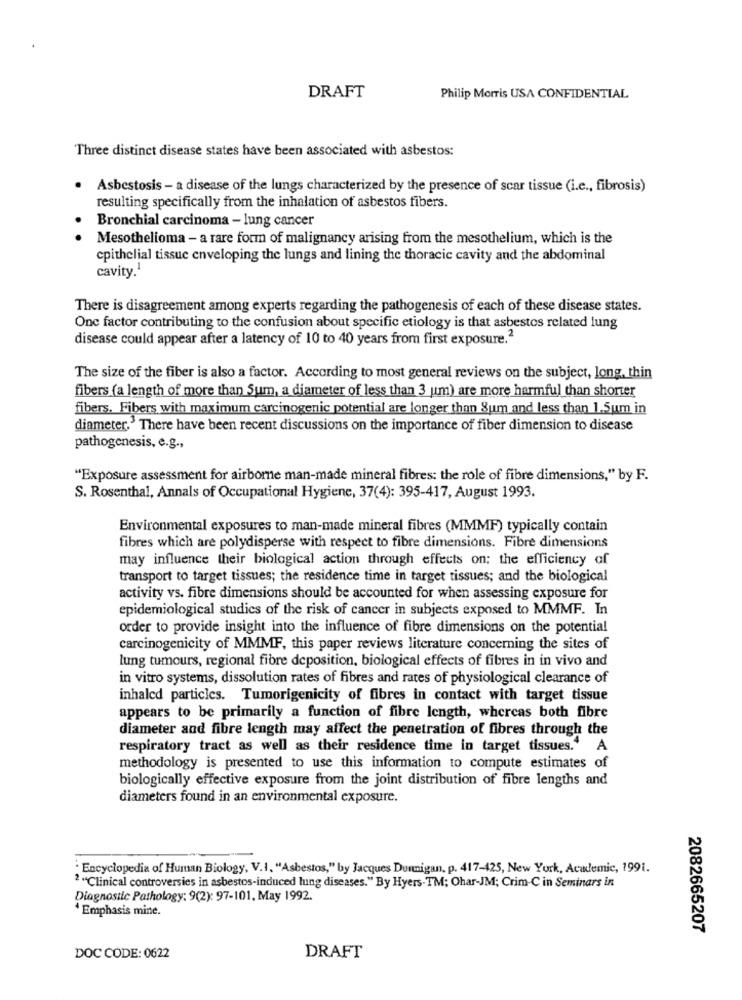
DRAFT
Philip Morris USA CONFIDENTIAL
Three distinct disease states have been associated with asbestos:
Asbestosis - a disease of the lungs characterized by the presence of scar tissue (i.e ., fibrosis)
resulting specifically from the inhalation of asbestos fibers.
Bronchial carcinoma - lung cancer
Mesothelioma - a rare form of malignancy arising from the mesothelium, which is the
epithelial tissue enveloping the lungs and lining the thoracic cavity and the abdominal
cavity."
There is disagreement among experts regarding the pathogenesis of each of these disease states.
One factor contributing to the confusion about specific etiology is that asbestos related lung
disease could appear after a latency of 10 to 40 years from first exposure.2
The size of the fiber is also a factor. According to most general reviews on the subject, long, thin
fibers (a length of more than Sum, a diameter of less than 3 um) are more harmful than shorter
fibers. Fibers with maximum carcinogenic potential are longer than Sum and less than 1.5um in
diameter,' There have been recent discussions on the importance of fiber dimension to disease
pathogenesis, e.g .,
"Exposure assessment for airborne man-made mineral fibres: the role of fibre dimensions," by F.
S. Rosenthal, Annals of Occupational Hygiene, 37(4): 395-417, August 1993.
Environmental exposures to man-made mineral fibres (MMMF) typically contain
fibres which are polydisperse with respect to fibre dimensions. Fibre dimensions
may influence their biological action through effects on; the efficiency of
transport to target tissues; the residence time in target tissues; and the biological
activity vs. fibre dimensions should be accounted for when assessing exposure for
epidemiological studies of the risk of cancer in subjects exposed to MMMF. In
order to provide insight into the influence of fibre dimensions on the potential
carcinogenicity of MMMF, this paper reviews literature concerning the sites of
lung tumours, regional fibre deposition, biological effects of fibres in in vivo and
in vitro systems, dissolution rates of fibres and rates of physiological clearance of
inhaled particles. Tumorigenicity of fibres in contact with target tissue
appears to be primarily a function of fibre length, whereas both fibre
diameter and fibre length may affect the penetration of fibres through the
respiratory tract as well as their residence time in target tissues." A
methodology is presented to use this information to compute estimates of
biologically effective exposure from the joint distribution of fibre lengths and
diameters found in an environmental exposure.
: Encyclopedia of Human Biology, V.I. "Asbestos," by Jacques Dunnigan, p. 417-425, New York, Academic, 1991.
"""Clinical controversies in asbestos-induced lung diseases." By Hyers-TM; Ohar-JM; Crim-C in Seminars in
Diagnostic Pathology: 9(2): 97-101, May 1992.
4 Emphasis mine.
2082665207
DOC CODE: 0622
DRAFT